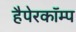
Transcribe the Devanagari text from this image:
हैपेरकॉम्प